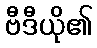
ဗီဒီယို၏